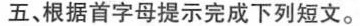
五、根据首字母提示完成下列短文.